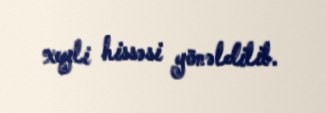
xeyli hissəsi yönəldilib.